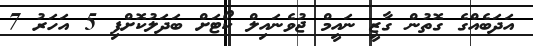
އަދަބެއްގެ ގޮތުން ގާޒީ ނައީމް ޖުވެނައިލް ކޯޓަށް ބަދަލުކޮށްފި 5 އަހަރު 7